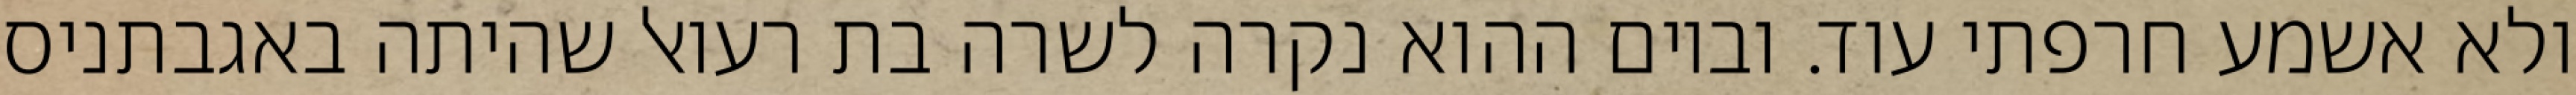
ולא אשמע חרפתי עוד. וביום ההוא נקרה לשרה בת רעואל שהיתה באגבתניס